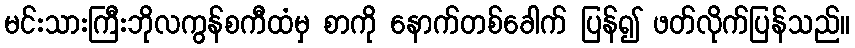
မင်းသားကြီးဘိုလကွန်စကီထံမှ စာကို နောက်တစ်ခေါက် ပြန်၍ ဖတ်လိုက်ပြန်သည်။